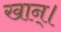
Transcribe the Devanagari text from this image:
खान्।